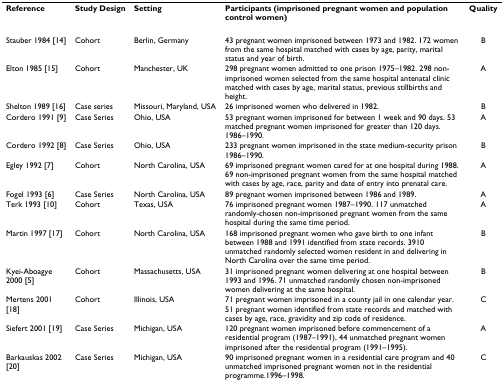
| Reference | Study Design | Setting | Participants (imprisoned pregnant women and population control women) | Quality |
 | --- | --- | --- | --- | --- |
 | Stauber 1984 [14] | Cohort | Berlin, Germany | 43 pregnant women imprisoned between 1973 and 1982. 172 women from the same hospital matched with cases by age, parity, marital status and year of birth. | B |
 | Elton 1985 [15] | Cohort | Manchester, UK | 298 pregnant women admitted to one prison 1975–1982. 298 non-imprisoned women selected from the same hospital antenatal clinic matched with cases by age, marital status, previous stillbirths and height. | A |
 | Shelton 1989 [16] | Case series | Missouri, Maryland, USA | 26 imprisoned women who delivered in 1982. | B |
 | Cordero 1991 [9] | Case Series | Ohio, USA | 53 pregnant women imprisoned for between 1 week and 90 days. 53 matched pregnant women imprisoned for greater than 120 days. 1986–1990. | A |
 | Cordero 1992 [8] | Case Series | Ohio, USA | 233 pregnant women imprisoned in the state medium-security prison 1986–1990. | B |
 | Egley 1992 [7] | Cohort | North Carolina, USA | 69 imprisoned pregnant women cared for at one hospital during 1988. 69 non-imprisoned pregnant women from the same hospital matched with cases by age, race, parity and date of entry into prenatal care. | A |
 | Fogel 1993 [6] | Case Series | North Carolina, USA | 89 pregnant women imprisoned between 1986 and 1989. | A |
 | Terk 1993 [10] | Cohort | Texas, USA | 76 imprisoned pregnant women 1987–1990. 117 unmatched randomly-chosen non-imprisoned pregnant women from the same hospital during the same time period. | A |
 | Martin 1997 [17] | Cohort | North Carolina, USA | 168 imprisoned pregnant women who gave birth to one infant between 1988 and 1991 identified from state records. 3910 unmatched randomly selected women resident in and delivering in North Carolina over the same time period. | B |
 | Kyei-Aboagye 2000 [5] | Cohort | Massachusetts, USA | 31 imprisoned pregnant women delivering at one hospital between 1993 and 1996. 71 unmatched randomly chosen non-imprisoned women delivering at the same hospital. | B |
 | Mertens 2001 [18] | Cohort | Illinois, USA | 71 pregnant women imprisoned in a county jail in one calendar year. 51 pregnant women identified from state records and matched with cases by age, race, gravidity and zip code of residence. | C |
 | Siefert 2001 [19] | Case Series | Michigan, USA | 120 pregnant women imprisoned before commencement of a residential program (1987–1991), 44 unmatched pregnant women imprisoned after the residential program (1991–1995). | A |
 | Barkauskas 2002 [20] | Case Series | Michigan, USA | 90 imprisoned pregnant women in a residential care program and 40 unmatched imprisoned pregnant women not in the residential programme.1996–1998. | C |